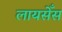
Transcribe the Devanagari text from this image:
लायसेँस